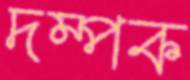
দম্পক